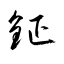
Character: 鉦